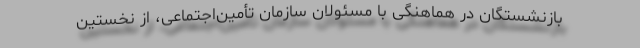
بازنشستگان در هماهنگی با مسئولان سازمان تأمین‌اجتماعی، از نخستین